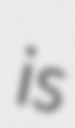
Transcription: is